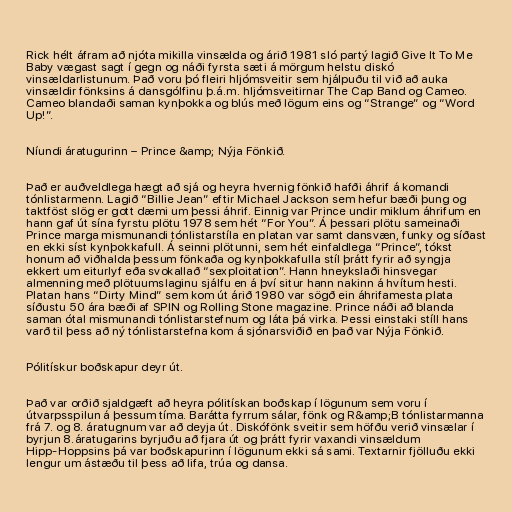
Rick hélt áfram að njóta mikilla vinsælda og árið 1981 sló partý lagið Give It To Me
Baby vægast sagt í gegn og náði fyrsta sæti á mörgum helstu diskó
vinsældarlistunum. Það voru þó fleiri hljómsveitir sem hjálpuðu til við að auka
vinsældir fönksins á dansgólfinu þ.á.m. hljómsveitirnar The Cap Band og Cameo.
Cameo blandaði saman kynþokka og blús með lögum eins og “Strange” og “Word
Up!”.

Níundi áratugurinn – Prince &amp; Nýja Fönkið.

Það er auðveldlega hægt að sjá og heyra hvernig fönkið hafði áhrif á komandi
tónlistarmenn. Lagið “Billie Jean” eftir Michael Jackson sem hefur bæði þung og
taktföst slög er gott dæmi um þessi áhrif. Einnig var Prince undir miklum áhrifum en
hann gaf út sína fyrstu plötu 1978 sem hét “For You”. Á þessari plötu sameinaði
Prince marga mismunandi tónlistarstíla en platan var samt dansvæn, funky og síðast
en ekki síst kynþokkafull. Á seinni plötunni, sem hét einfaldlega “Prince”, tókst
honum að viðhalda þessum fönkaða og kynþokkafulla stíl þrátt fyrir að syngja
ekkert um eiturlyf eða svokallað “sexploitation”. Hann hneykslaði hinsvegar
almenning með plötuumslaginu sjálfu en á því situr hann nakinn á hvítum hesti.
Platan hans “Dirty Mind” sem kom út árið 1980 var sögð ein áhrifamesta plata
síðustu 50 ára bæði af SPIN og Rolling Stone magazine. Prince náði að blanda
saman ótal mismunandi tónlistarstefnum og láta þá virka. Þessi einstaki stíll hans
varð til þess að ný tónlistarstefna kom á sjónarsviðið en það var Nýja Fönkið.

Pólitískur boðskapur deyr út.

Það var orðið sjaldgæft að heyra pólitískan boðskap í lögunum sem voru í
útvarpsspilun á þessum tíma. Barátta fyrrum sálar, fönk og R&amp;B tónlistarmanna
frá 7. og 8. áratugnum var að deyja út. Diskófönk sveitir sem höfðu verið vinsælar í
byrjun 8.áratugarins byrjuðu að fjara út og þrátt fyrir vaxandi vinsældum
Hipp-Hoppsins þá var boðskapurinn í lögunum ekki sá sami. Textarnir fjölluðu ekki
lengur um ástæðu til þess að lifa, trúa og dansa.